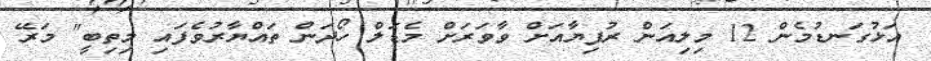
އަޅުގަނޑުމެން 12 މިލިއަން ރުފިޔާއަށް ވާވަަރަށް މެޑަލް ހޯދަން ތައްޔާރުވެފައި މިތިބީ" މަރޭ